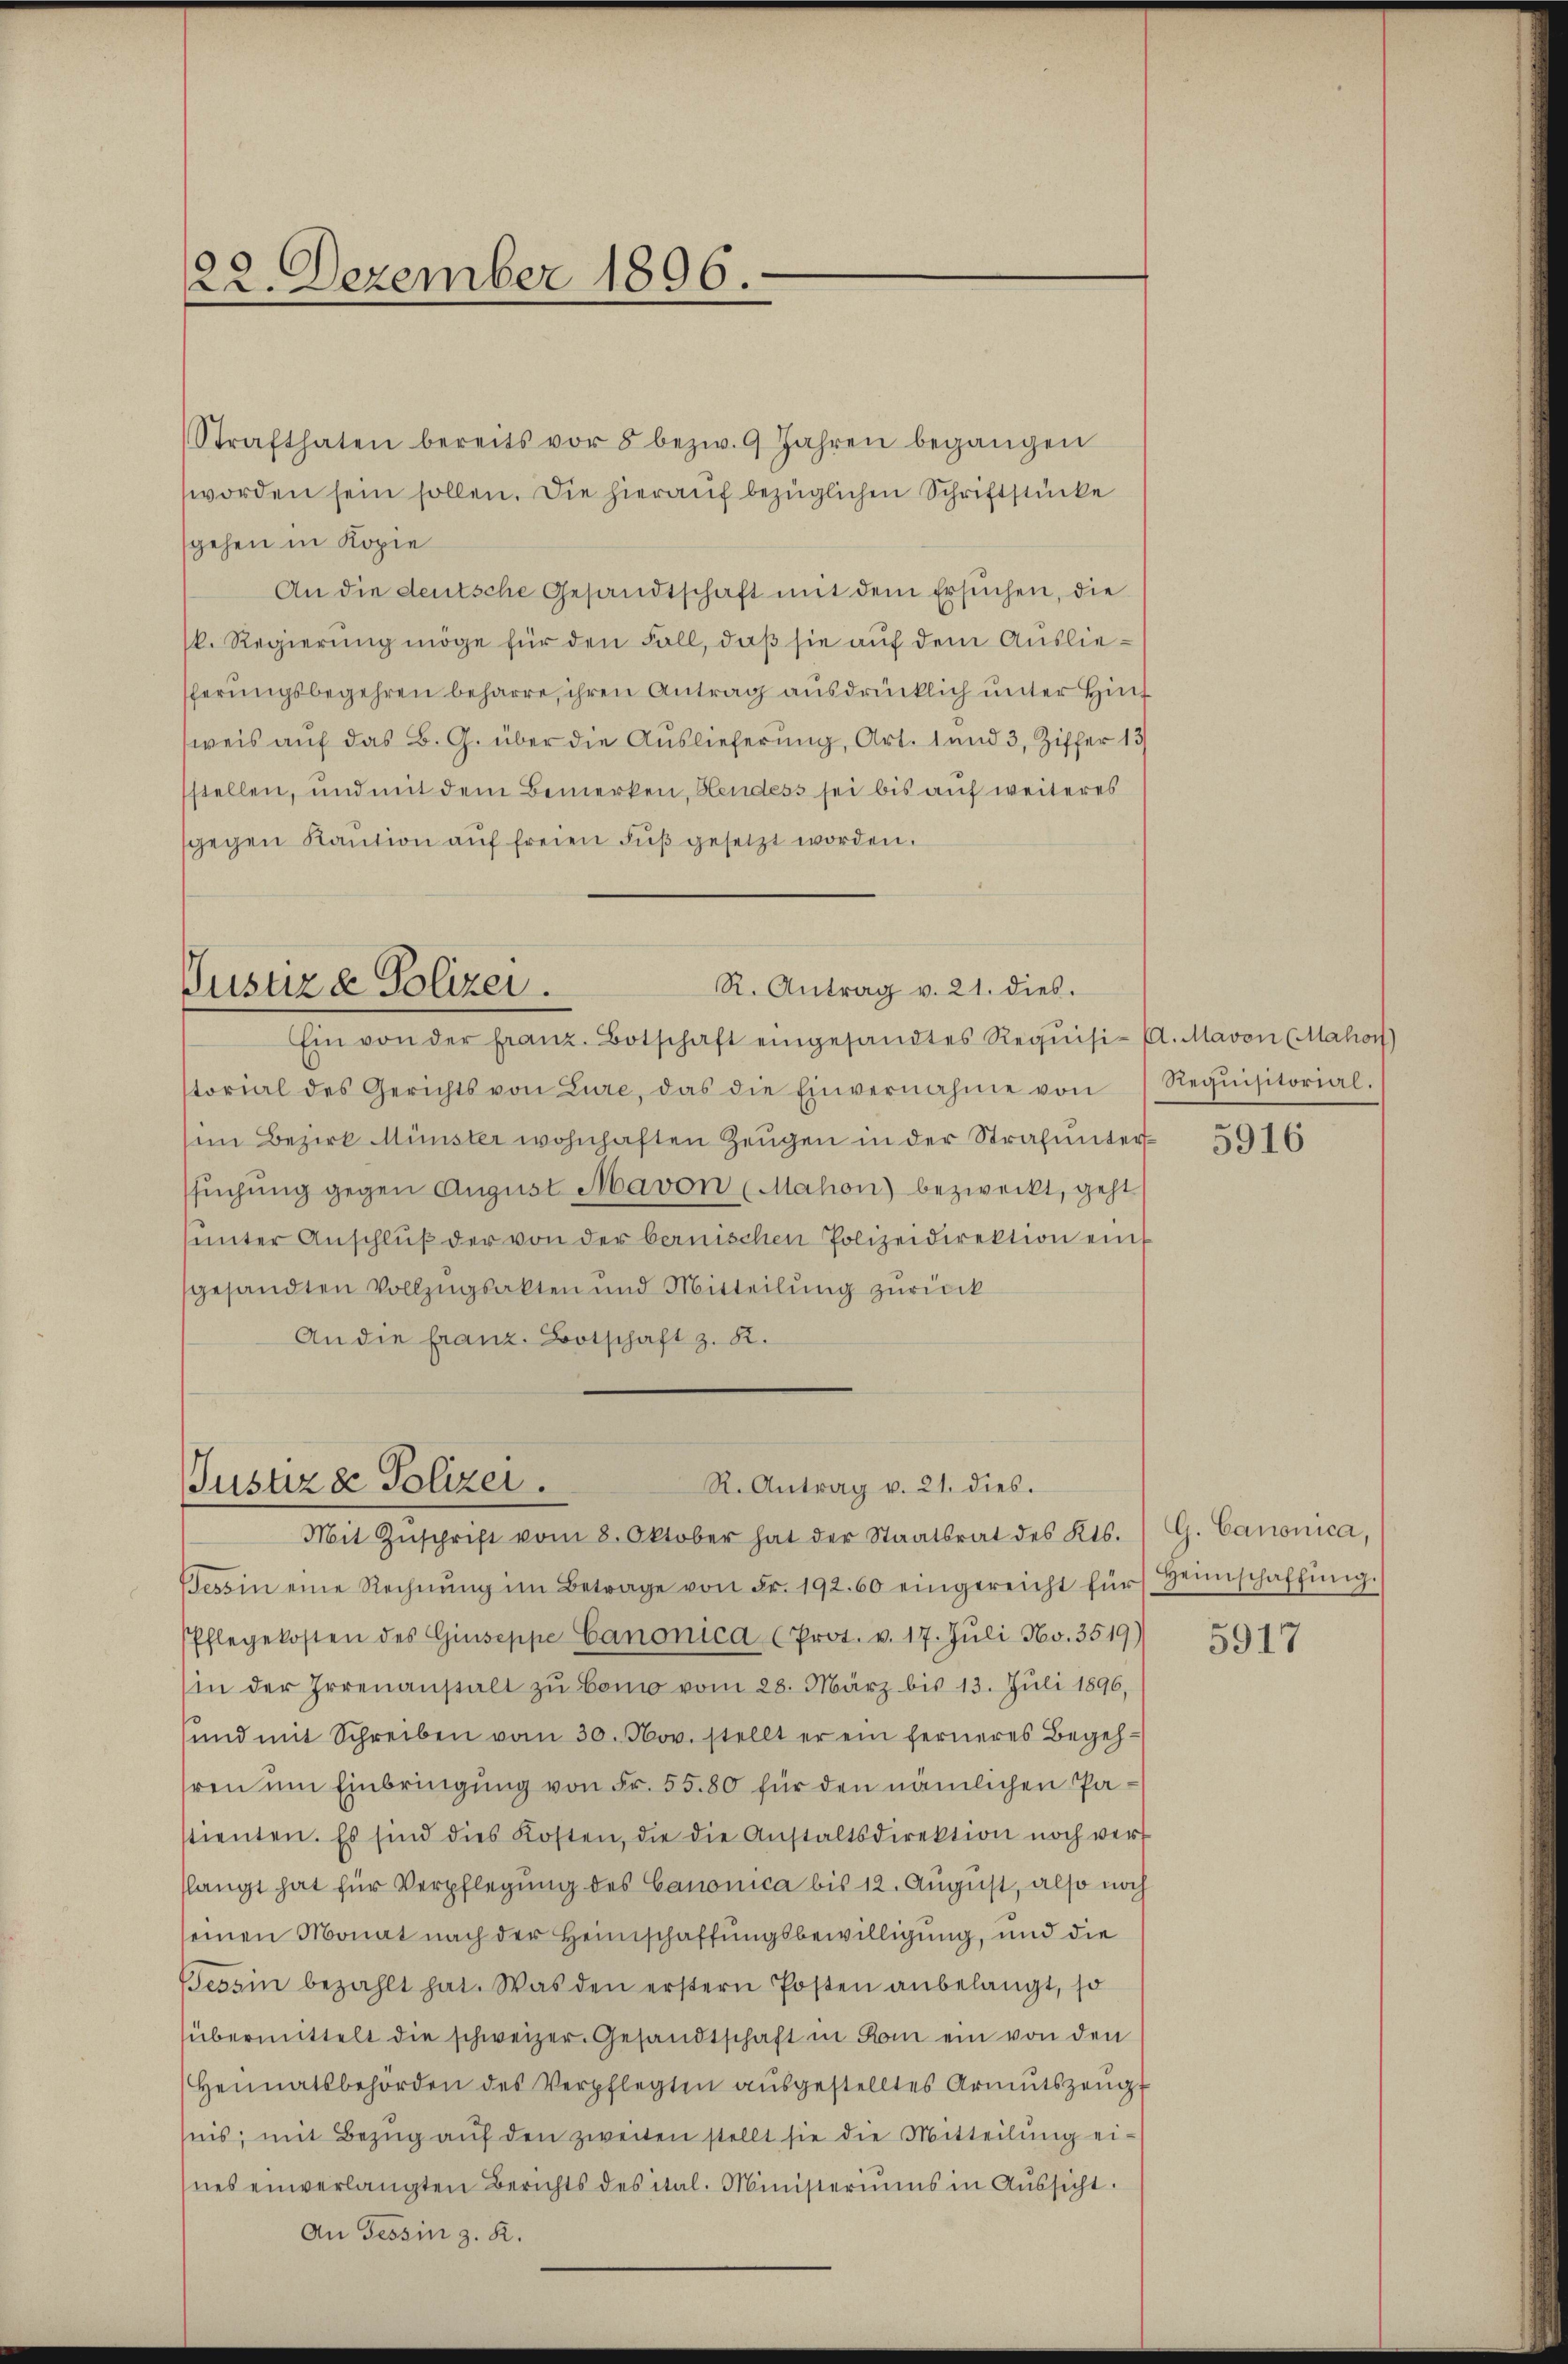
22. Dezember 1896

Strafthaten bereits vor 5 bezw. 9 Jahren begangen
worden sein sollen. Die hierauf bezüglichen Schriftstücke
sgehen in Kopie
An die deutsche Gesandtschaft mit dem Ersuchen, die
k. Regierung möge für den Fall, daß sie auf dem Ausliefferungsbegehren beharre, ihren Antrag ausdrücklich unter Hint
weis auf das B. G. über die Auslieferung, Art. 1 und 3, Ziffer 13
stellen, und mit dem Bemerken, Hendess sei bis auf weiteres
gegen Kaŭtion aŭf freien Fŭβ gesetzt worden.

Rustiz & Polizei.
R. Antrag v. 21. dies

Justizse Polizei.
R. Antrag v. 21. dies.
Mit Zŭschrift vom 8. Oktober hat der Staatsrat des Kts.

Ein von der franz. Botschaft eingesandtes Requisi- A. Mavon (Mahon)
storial des Gerichts von Lure, das die Einvernahme von
sen Bezirk Münster wohnhaften Zeugen in der Strafuntersŭchŭng gegen August Mavon (Mahon) bezweckt, geht
sunter Anschluß der von der bernischen Polizeidirektion einf
gesandten Vollzugsakten und Mitteilung zurück
An die franz Botschaft z. B.

Requisitorial.

Tessin eine Rechnŭng im Betrage von Fr. 192. 60 eingereicht für
Pflegekosten des Giuseppe Canonica (Prot. v. 17. Jŭli No. 3519)
sin der Irrenanstalt zŭ bono vom 28. März bis 13. Juli 1896,
sund mit Schreiben vom 30. Nov. stellt er ein ferneres Begehhren um Einbringung von Fr. 5580 für den nämlichen Pastienten. Es sind dies Kosten, die die Anstaltsdirektion noch verf
slangt hat für Verpflegung des Canonica bis 12. August, also noch
einen Monat nach der Heimschaffungsbewilligung, und die
Bessin bezahlt hat. Was den erstern Posten anbelangt, so
übermittelt die schweizer. Gesandtschaft in Kam ein von den
Heimatsbehörden des Verpflegten aŭsgestelltes Armutszeŭgt
nis, mit Bezŭg aŭf den zweiten stellt sie die Mitteilŭng ei-
nes einverlangten Berichts des ital. Ministeriums in Aussicht.
An Tessin z. R.

5916

G. Canonica,
Heimschaffŭng.

5917